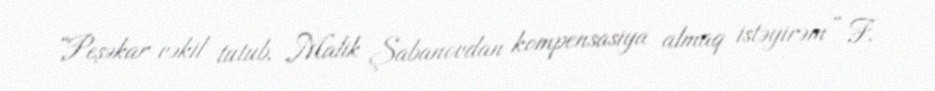
“Peşəkar vəkil tutub, Malik Şabanovdan kompensasiya almaq istəyirəm” F.